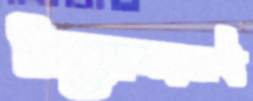
প্রয়োজনই